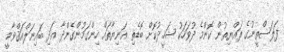
ފަލަސްތީނުގެ ރައްޔިތުން ކޮންމެ ދުވަހަކު ޝަހީދުކޮށް ބޮޑެތި އަނިޔާތައް ހިންގަމުންގެންދާ އަދި ބައިނަލްއަޤްވާމީ